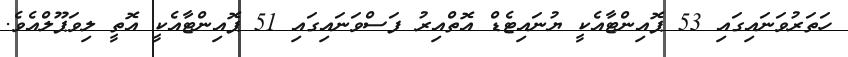
ހަތަރުވަނައިގައި 53 ޕޮއިންޓާއެކީ ޔުނައިޓެޑް އޮތްއިރު ފަސްވަނައިގައި 51 ޕޮއިންޓާއެކީ އޮތީ ލިވަޕޫލްއެވެ.